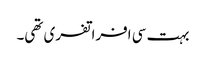
بہت سی افراتفری تھی۔